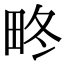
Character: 𤱞